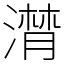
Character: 潸